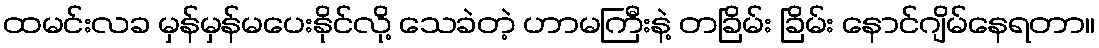
ထမင်းလခ မှန်မှန်မပေးနိုင်လို့ သေခဲတဲ့ ဟာမကြီးနဲ့ တခြိမ်း ခြိမ်း နောင်ဂျိမ်နေရတာ။